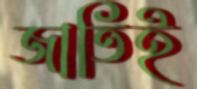
জাতিই